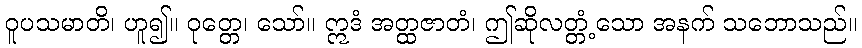
ဝူပသမာတိ၊ ဟူ၍။ ဝုတ္တေ၊ သော်။ ဣဒံ အတ္ထဇာတံ၊ ဤဆိုလတ္တံ့သော အနက် သဘောသည်။